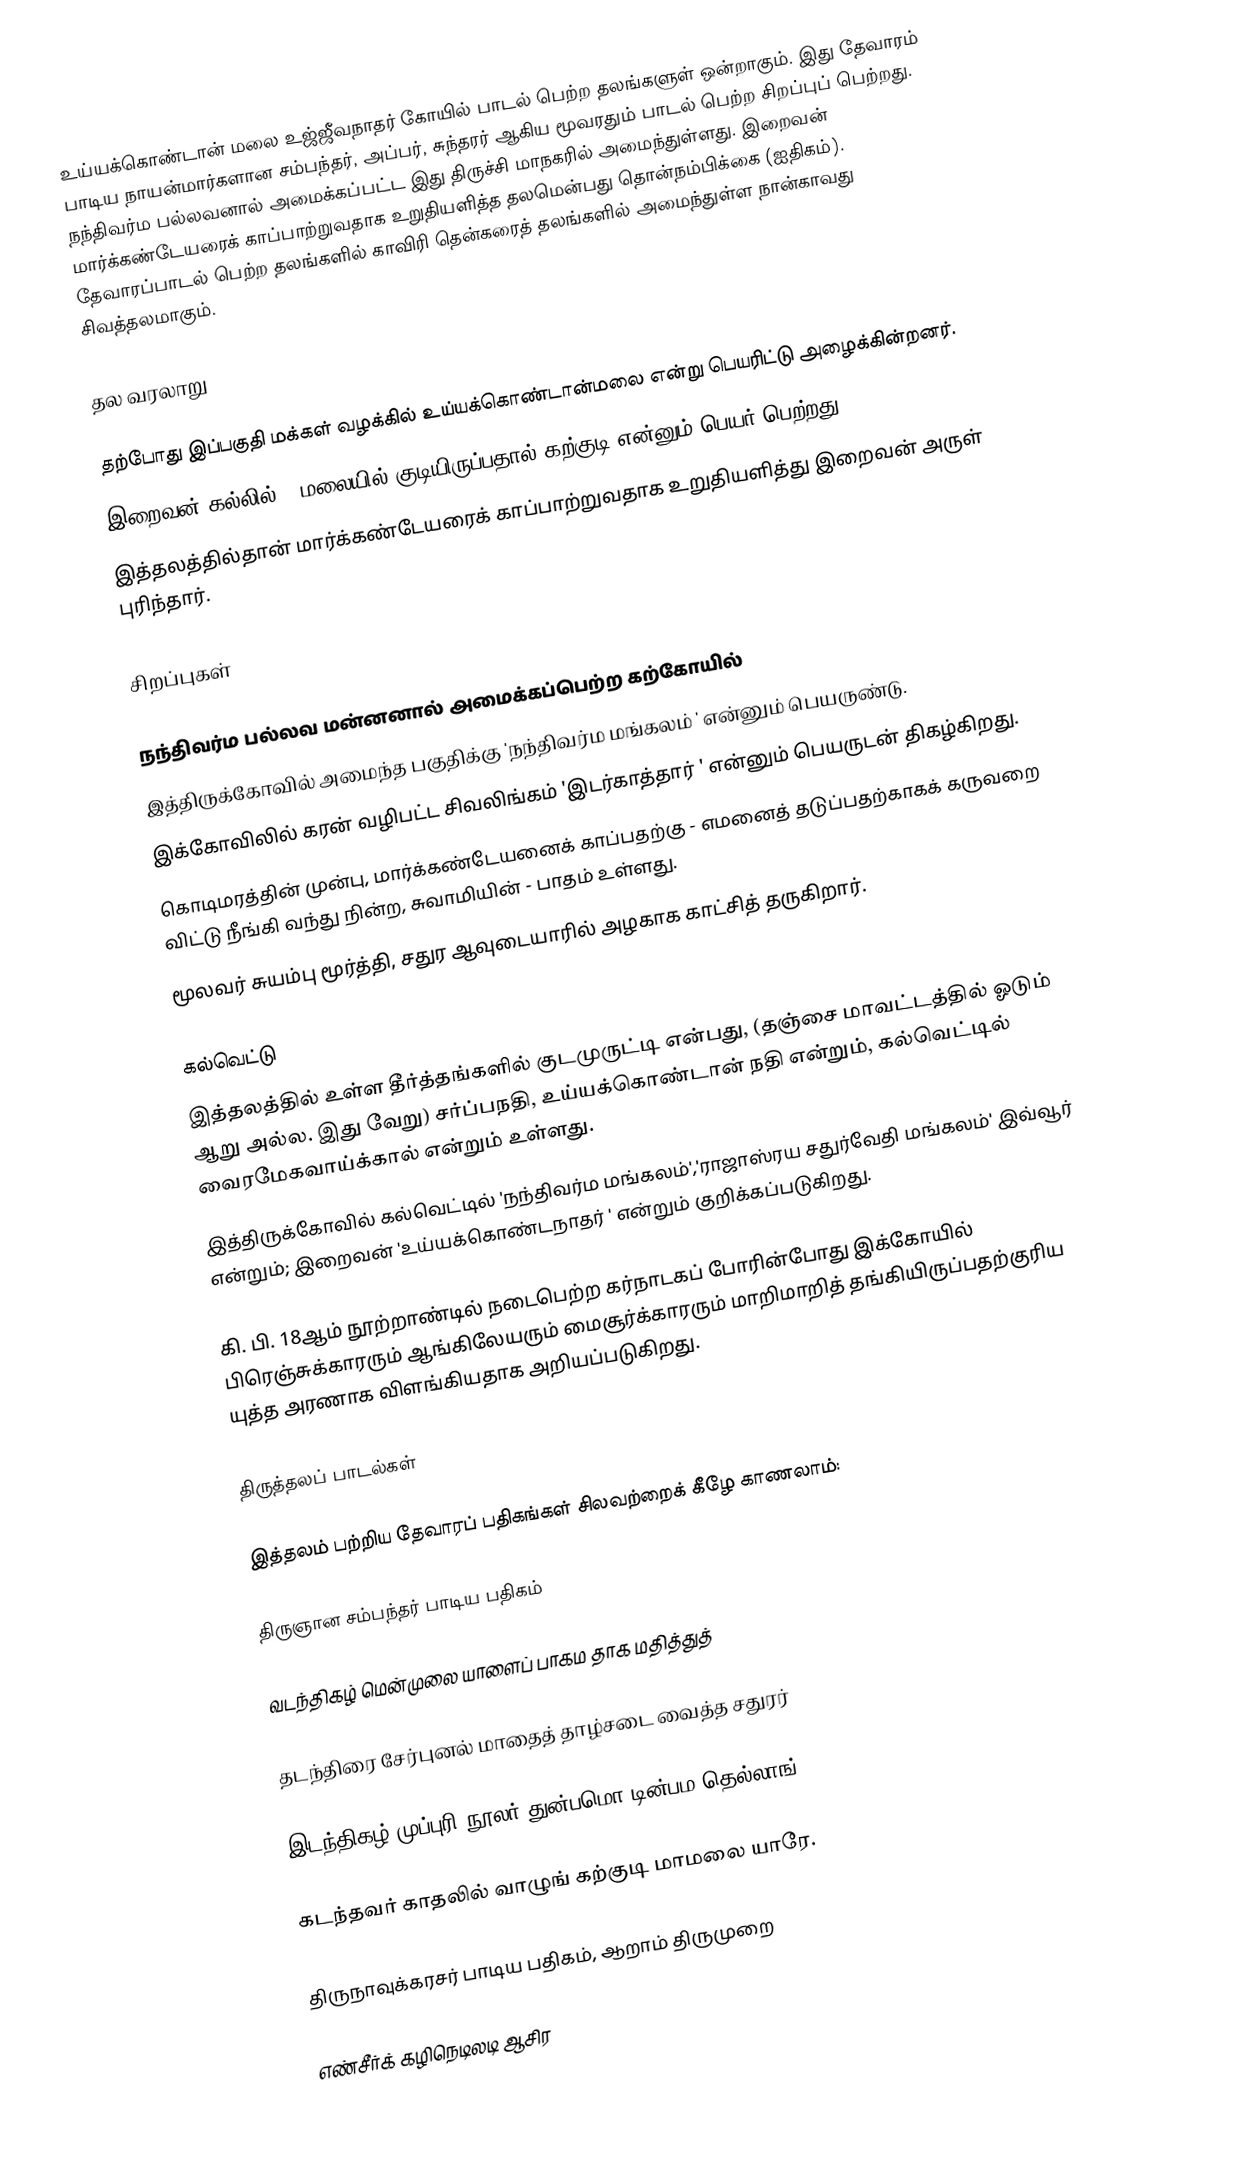
உய்யக்கொண்டான் மலை உஜ்ஜீவநாதர் கோயில் பாடல் பெற்ற தலங்களுள் ஒன்றாகும். இது தேவாரம் பாடிய நாயன்மார்களான சம்பந்தர், அப்பர், சுந்தரர் ஆகிய மூவரதும் பாடல் பெற்ற சிறப்புப் பெற்றது. நந்திவர்ம பல்லவனால் அமைக்கப்பட்ட இது திருச்சி மாநகரில் அமைந்துள்ளது. இறைவன் மார்க்கண்டேயரைக் காப்பாற்றுவதாக உறுதியளித்த தலமென்பது தொன்நம்பிக்கை (ஐதிகம்). தேவாரப்பாடல் பெற்ற தலங்களில் காவிரி தென்கரைத் தலங்களில் அமைந்துள்ள நான்காவது சிவத்தலமாகும்.

தல வரலாறு

தற்போது இப்பகுதி மக்கள் வழக்கில் உய்யக்கொண்டான்மலை என்று பெயரிட்டு அழைக்கின்றனர்.
இறைவன் கல்லில் - மலையில் குடியிருப்பதால் கற்குடி என்னும் பெயர் பெற்றது.
இத்தலத்தில்தான் மார்க்கண்டேயரைக் காப்பாற்றுவதாக உறுதியளித்து இறைவன் அருள் புரிந்தார்.

சிறப்புகள்

நந்திவர்ம பல்லவ மன்னனால் அமைக்கப்பெற்ற கற்கோயில்
இத்திருக்கோவில் அமைந்த பகுதிக்கு 'நந்திவர்ம மங்கலம் ' என்னும் பெயருண்டு.
 இக்கோவிலில் கரன் வழிபட்ட சிவலிங்கம் 'இடர்காத்தார் ' என்னும் பெயருடன் திகழ்கிறது.
 கொடிமரத்தின் முன்பு, மார்க்கண்டேயனைக் காப்பதற்கு - எமனைத் தடுப்பதற்காகக் கருவறை விட்டு நீங்கி வந்து நின்ற, சுவாமியின் - பாதம் உள்ளது.
 மூலவர் சுயம்பு மூர்த்தி, சதுர ஆவுடையாரில் அழகாக காட்சித் தருகிறார்.

கல்வெட்டு
 இத்தலத்தில் உள்ள தீர்த்தங்களில் குடமுருட்டி என்பது, (தஞ்சை மாவட்டத்தில் ஓடும் ஆறு அல்ல. இது வேறு) சர்ப்பநதி, உய்யக்கொண்டான் நதி என்றும், கல்வெட்டில் வைரமேகவாய்க்கால் என்றும் உள்ளது.
 இத்திருக்கோவில் கல்வெட்டில் 'நந்திவர்ம மங்கலம்','ராஜாஸ்ரய சதுர்வேதி மங்கலம்' இவ்வூர் என்றும்; இறைவன் 'உய்யக்கொண்டநாதர் ' என்றும் குறிக்கப்படுகிறது.

கி. பி. 18ஆம் நூற்றாண்டில் நடைபெற்ற கர்நாடகப் போரின்போது இக்கோயில் பிரெஞ்சுக்காரரும் ஆங்கிலேயரும் மைசூர்க்காரரும் மாறிமாறித் தங்கியிருப்பதற்குரிய யுத்த அரணாக விளங்கியதாக அறியப்படுகிறது.

திருத்தலப் பாடல்கள்

இத்தலம் பற்றிய தேவாரப் பதிகங்கள் சிலவற்றைக் கீழே காணலாம்:

திருஞான சம்பந்தர் பாடிய பதிகம்

வடந்திகழ் மென்முலை யாளைப் பாகம தாக மதித்துத்

தடந்திரை சேர்புனல் மாதைத் தாழ்சடை வைத்த சதுரர்

இடந்திகழ் முப்புரி நூலர் துன்பமொ டின்பம தெல்லாங்

கடந்தவர் காதலில் வாழுங் கற்குடி மாமலை யாரே.

திருநாவுக்கரசர் பாடிய பதிகம், ஆறாம் திருமுறை

எண்சீர்க் கழிநெடிலடி ஆசிர